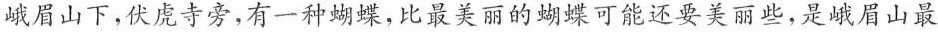
峨眉山下，伏庞寺旁，有一种蝴蝶，比最美丽的蝴蝶可能还要美丽些，是峨眉山最